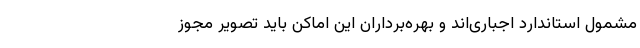
مشمول استاندارد اجباری‌اند و بهره‌برداران این اماکن باید تصویر مجوز